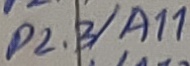
Text: P2.3/A11